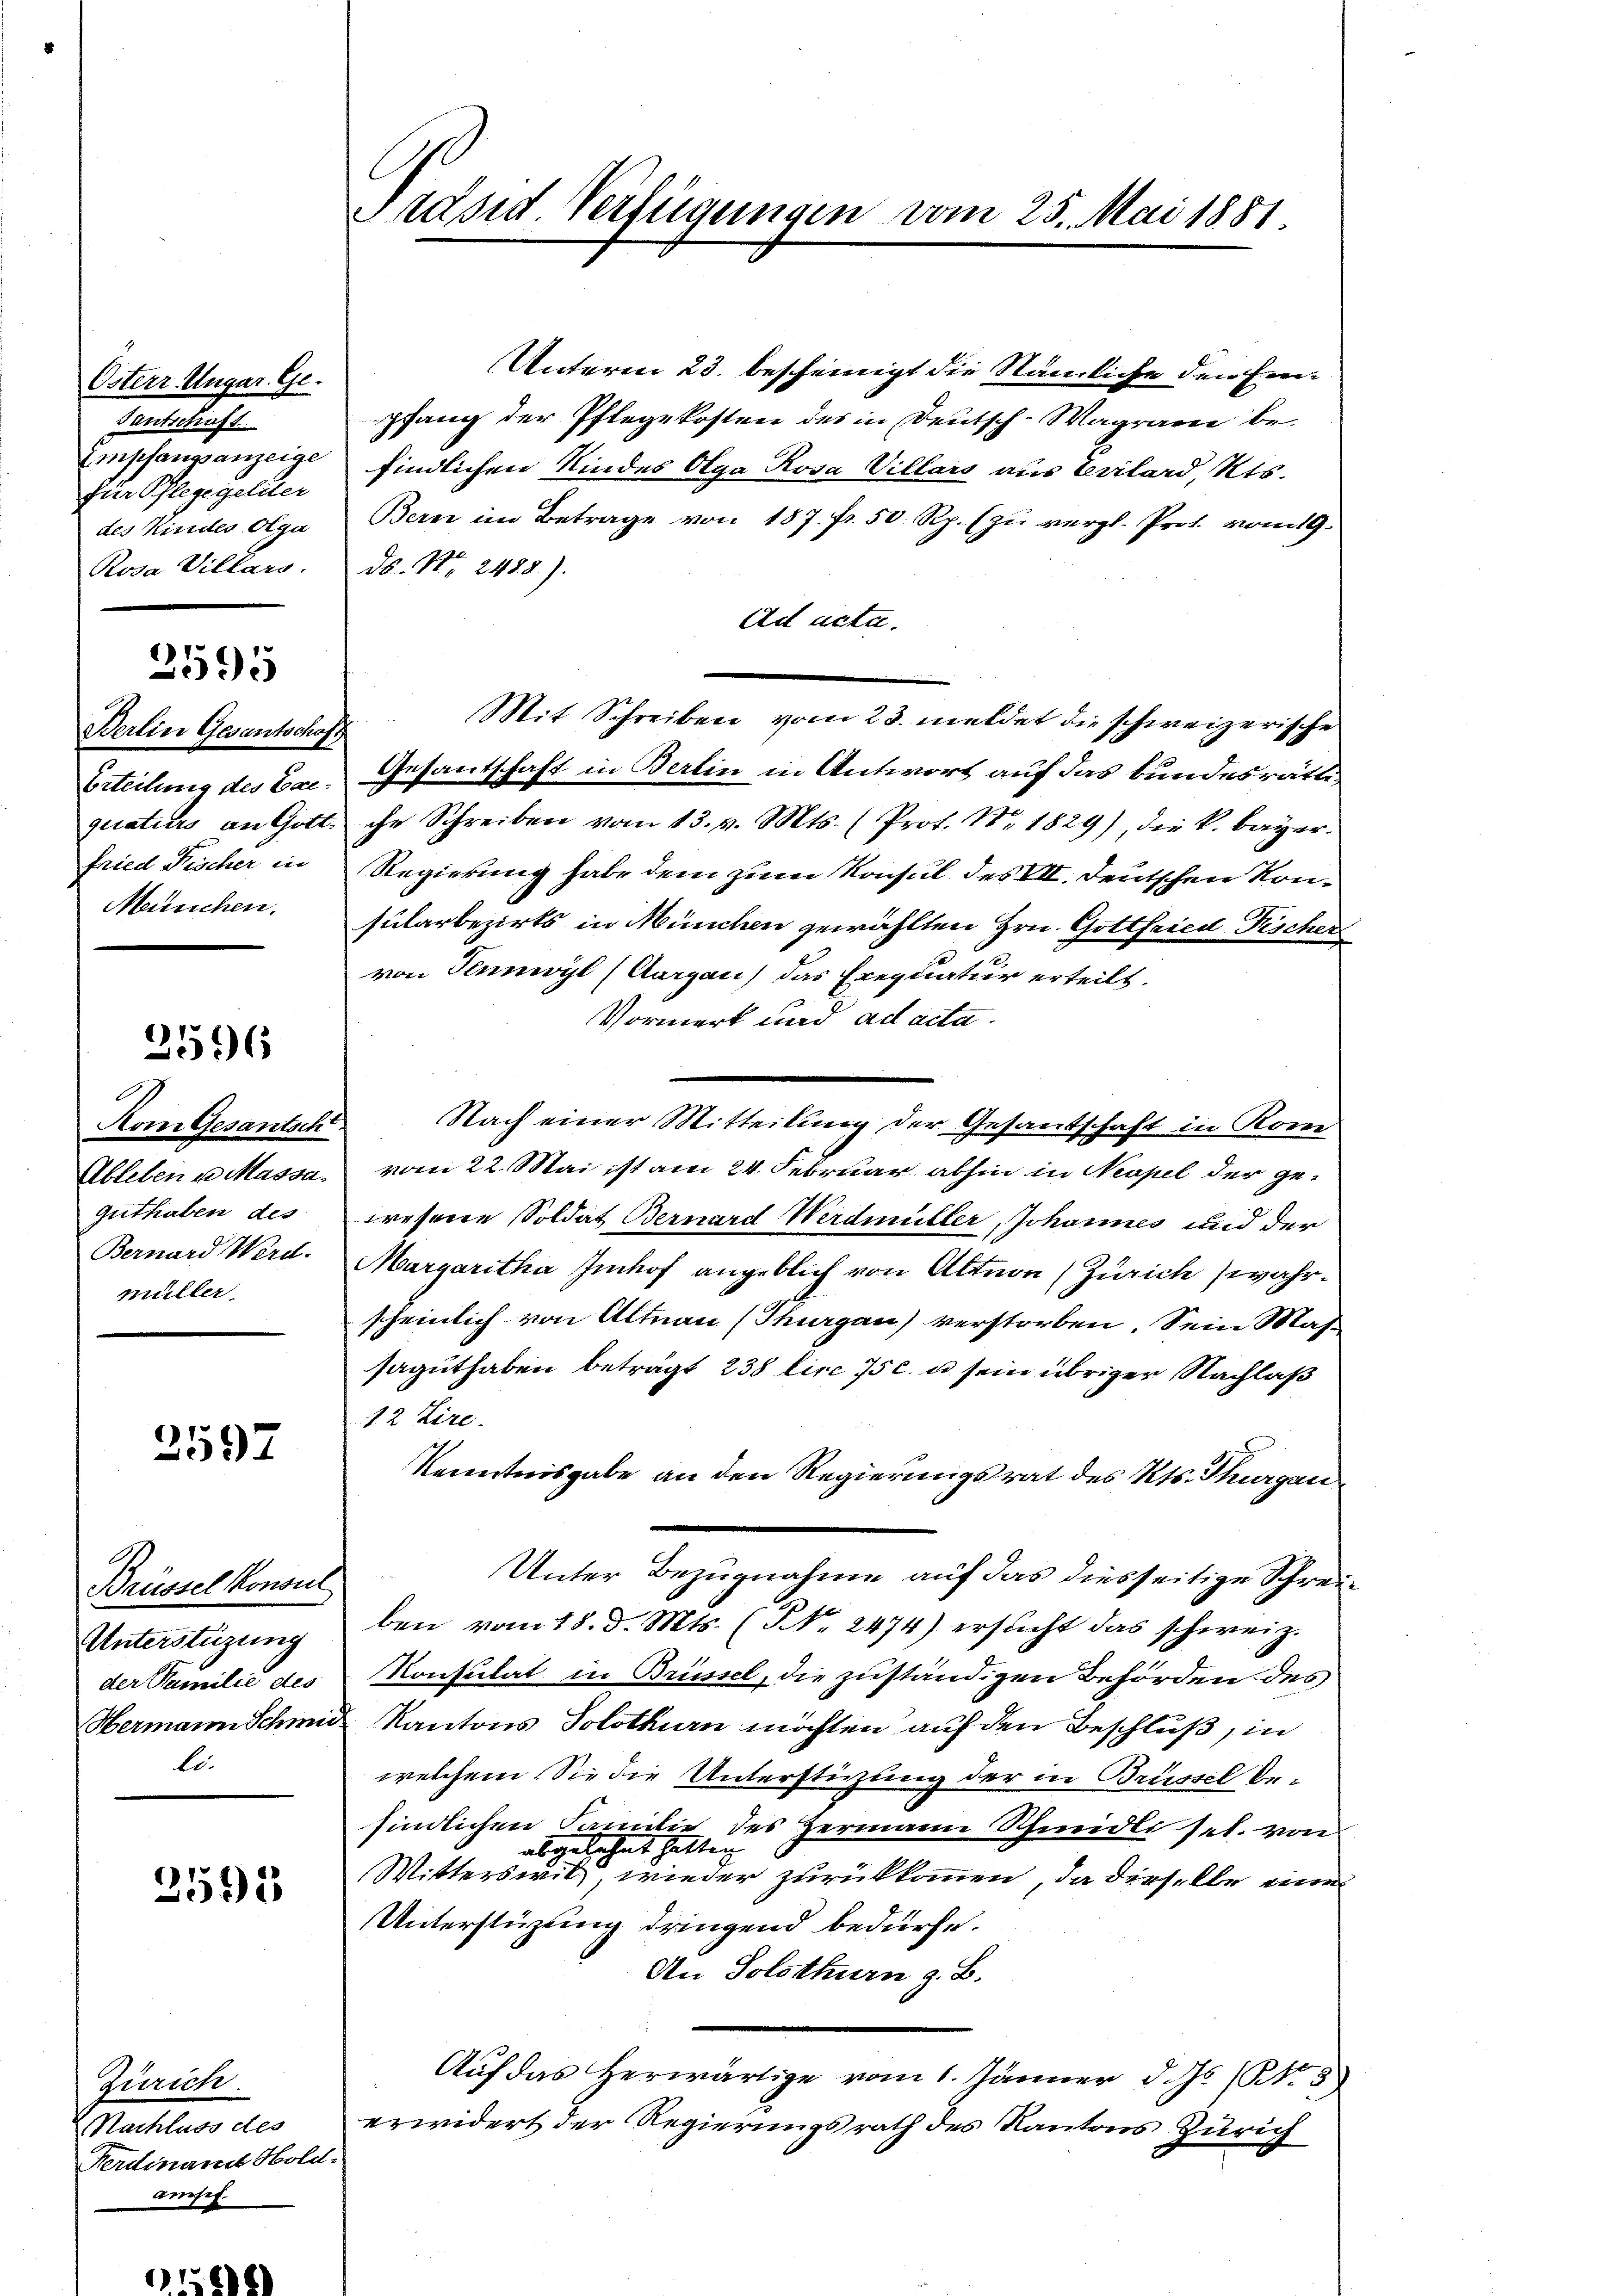
Österr. Ungar. Ge¬
Gentschaft
für Pflege geliter
des Kindes Olga
Rosa Villars.

2595

Berlin Gesantschaft
Erteilung des Exefried Feicher in
München.

2596

Nom Gesantsch
Guthaben des
Bernard Werd.
müller.

2597

Brüssel Konsul
Unterstüzung
der Familie des
li

2595

Zürich.
Nachluss des
Ferdinamt Hold.
amsef.

Präsid Verfügungen vom 25. Mai 1881.

Unterm 23. bescheinigt die Stämmliche den Freipfang der Pflegekosten des in Deutsch-Wagram be-
Empfangsanzeige findlichen Kindes Olga Rosa Villars aus Erilard, Kts.
Bern im Betrage von 187. fr. 50 Rp. (zu vergl. Prot. vom 19.
ds. No. 2488).
Ad acta.
Mit Schreiben vom 23. meldet die schweizerische
Gesantschaft in Berlin in Antwort auf das bundesräthe
quaturs an Gott. ihr Schreiben vom 13. v. Mts. (Prot. Nr. 1829), die k. bayer.
Regierung habe dem zum Konsul des VII. Deutschen Konfularbezirks in München gewählten Hrn. Gottfried Fischer
von Tennwyl (Aargau) das Erequatur erteilt.
Vormerk und ad acta.
Nach einer Mitteilung der Gesandschaft in Rom
Ableben u. Massa, vom 22. Mai ist am 24. Februar abhin in Neapel der gewesene Soldat Bernard Werdmüller, Johannes und der
Margaritha Imhof angeblich von Altnon (Zürich (wahrscheinlich von Altnau (Thurgau) verstorben. Sein Mas-
saguthaben beträgt 238 lire 75 c. u. sein übriger Nachlaß
12 Lire.
Kenntnisgabe an den Regierungsrat des Kts. Thurgau
Unter Bezugnahme auf das diesseitige Schreiben vom 18. d. Mts. (NNo. 2474) ersŭcht das schweiz.
Konsulat in Brüssel, die zuständigen Behörden des
Hermannschmid Kantons Solothurn möchten auf den Beschluß, in
welchem. Sie die Unterstüzung der in Brüssel be-
findlichen Familie des Hermann Schmidli sel. von
abgelehnt hatten
Witterswil, wieder zurükkommen, da dieselbe eine
Unterstüzung dringend bedürfe.
An Solothurn z. B.
Auf das herwärtige vom 1. Jänner d. Js. (N. 3
erwidert der Regierungsrath des Kantons Zürich